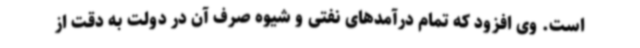
است. وی افزود که تمام درآمدهای نفتی و شیوه صرف آن در دولت به دقت از